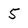
Character: 5